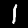
Label: 1